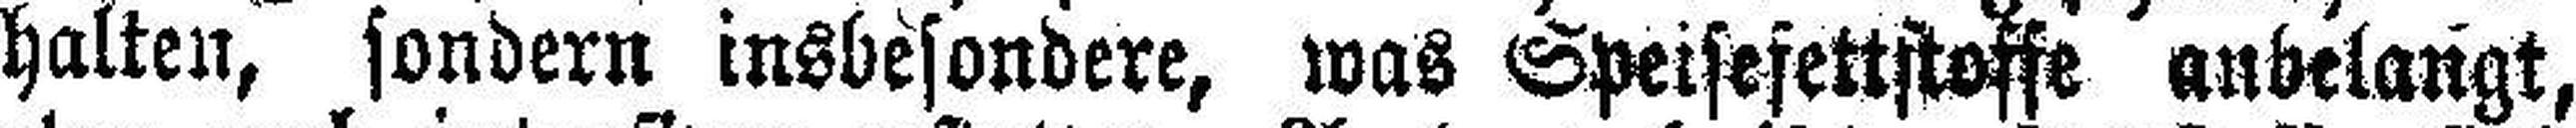
halten, sondern insbesondere, was Speisefettstoffe anbelangt,